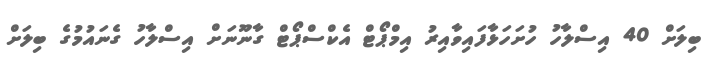
ބިލަށް 40 އިސްލާހު ހުށަހަޅާފައިވާއިރު އިމްޕޯޓް އެކްސްޕޯޓް ގާނޫނަށް އިސްލާހު ގެނައުމުގެ ބިލަށް